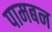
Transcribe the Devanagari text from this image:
पामबन